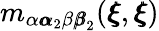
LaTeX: m_{\alpha{\pmb\alpha}_{2}\beta{\pmb\beta}_{2}}({\pmb\xi},{\pmb\xi})